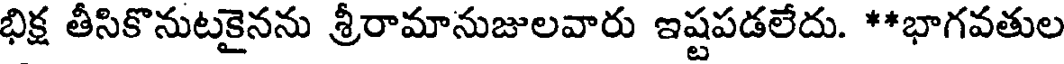
భిక్ష తీసికొనుటకైనను శ్రీరామానుజులవారు ఇష్టపడలేదు. **భాగవతుల